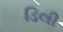
ડિલી